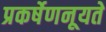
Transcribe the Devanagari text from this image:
प्रकर्षेणनूयते